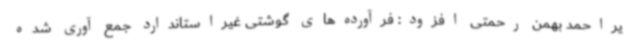
یراحمد بهمن رحمتی افزود: فرآورده‌های گوشتی غیراستاندارد جمع آوری شده